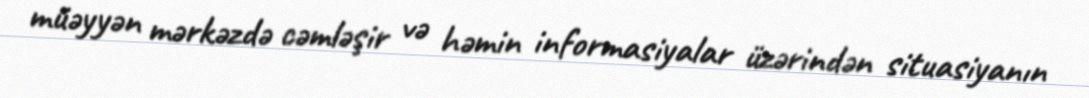
müəyyən mərkəzdə cəmləşir və həmin informasiyalar üzərindən situasiyanın